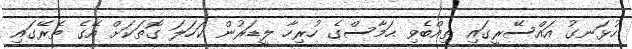
ހުޅަނގު އައްސޭރީގައި ތިއްބެވި ޙަމާސްގެ ހުރިހާ ލީޑަރުން ކަހަލަ ގޮތަކަށް އޭގެ ތެރޭގައި